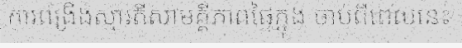
ការពង្រឹងស្មារតីសាមគ្គីភាពផ្ទៃក្នុង ចាប់ពីពេលនេះ